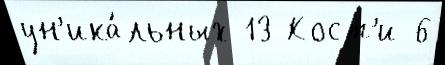
ун'ика́льных 13 Кост'и 6